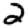
Digit: 2